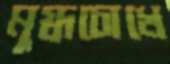
মুগ্ধচোখে